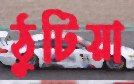
ঠুটিয়া